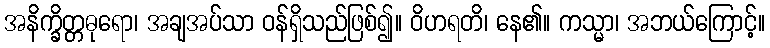
အနိက္ခိတ္တဓုရော၊ အချအပ်သာ ဝန်ရှိသည်ဖြစ်၍။ ဝိဟရတိ၊ နေ၏။ ကသ္မာ၊ အဘယ်ကြောင့်။